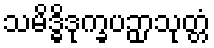
သမိဒ္ဓိဒုက္ခပဉှာသုတ္တံ